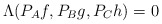
\begin{align*} \Lambda(P_A f, P_B g, P_C h) = 0 \end{align*}